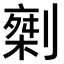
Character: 𠟇